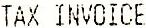
TAX INVOICE